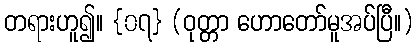
တရားဟူ၍။ {၀၇} (ဝုတ္တာ ဟောတော်မူအပ်ပြီ။)